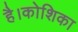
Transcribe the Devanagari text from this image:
है।कोशिका